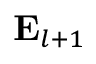
{ \bf E } _ { l + 1 }